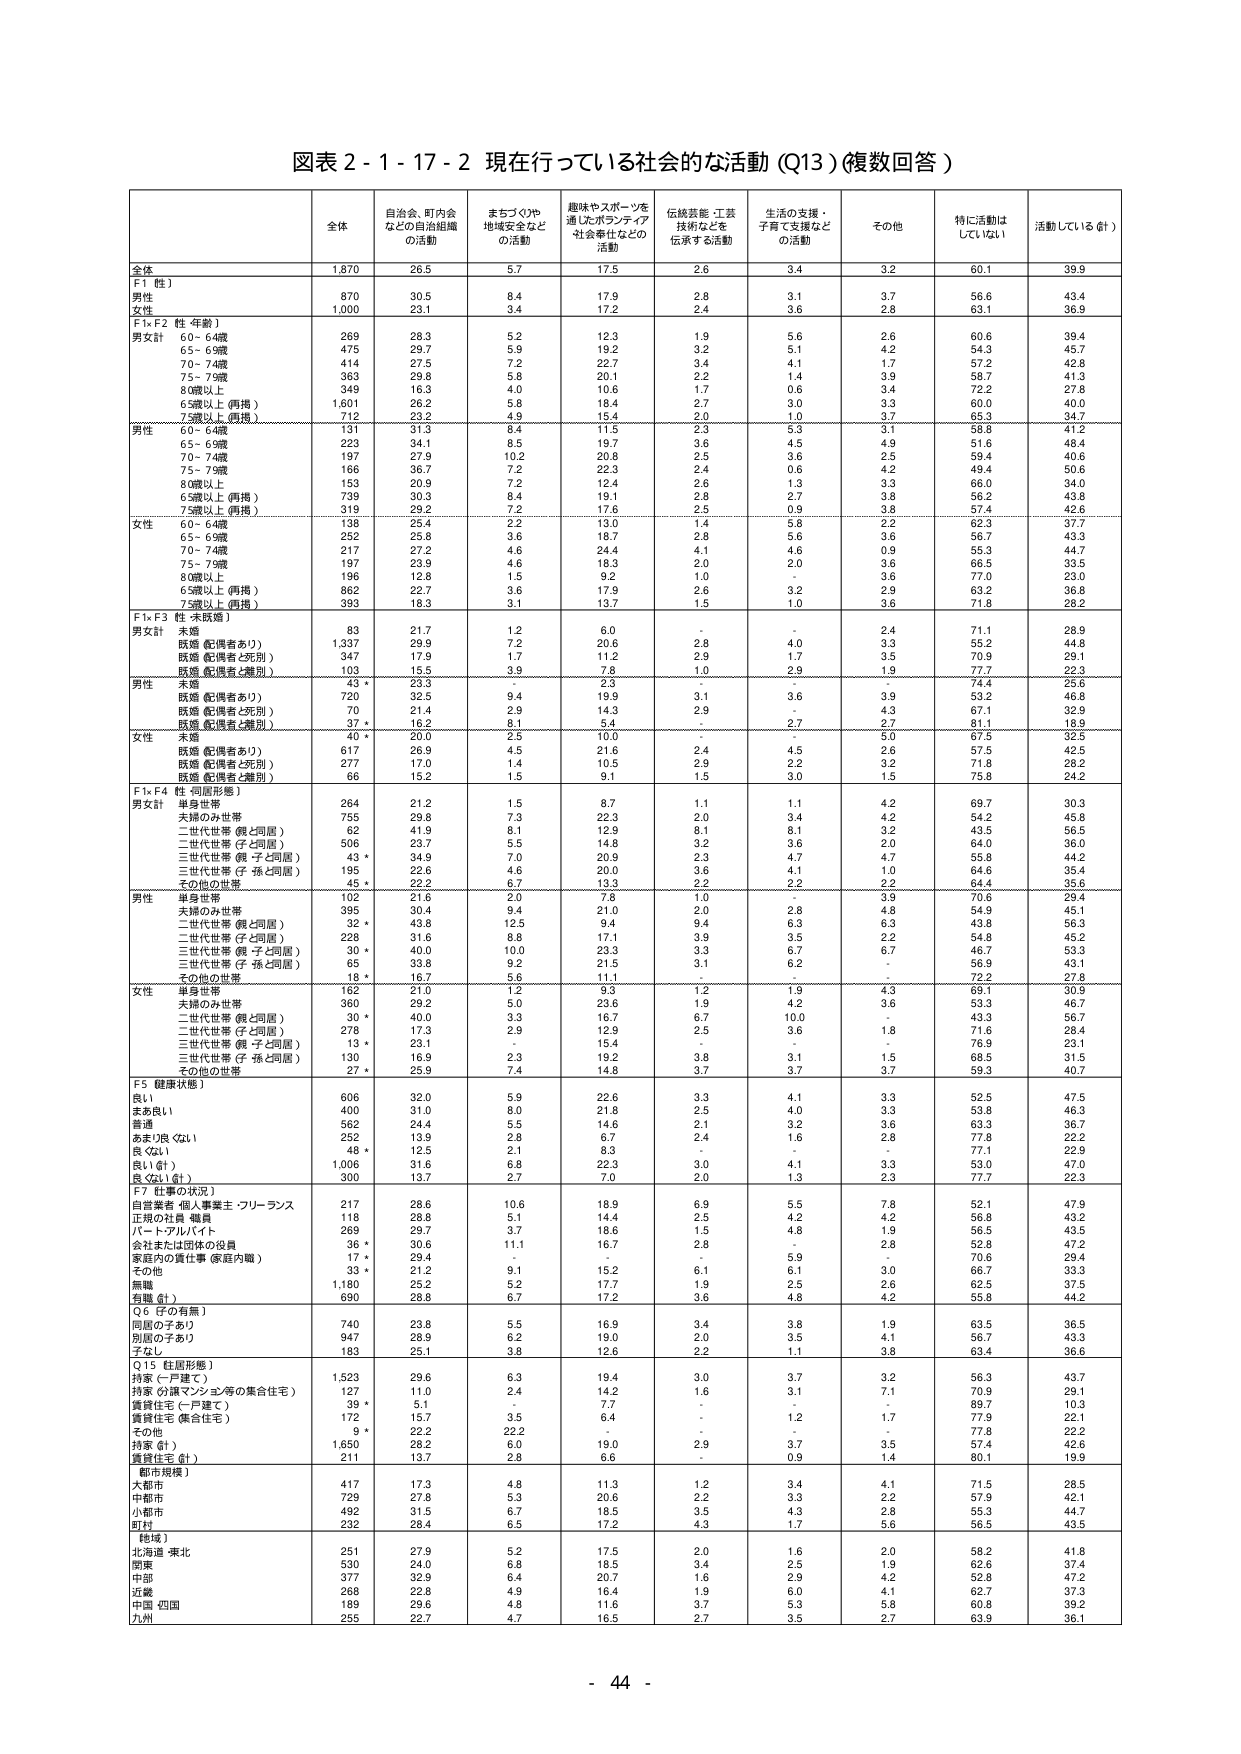
図表 2 - 1 - 17 - 2 現在行っている社会的な活動 (Q13) (複数回答)

全体 自治会、町内会 なとの自治組織 の活動 まちづくりや 地域安全など の活動 趣味やスポーツを 通じたボランティア 社会奉仕などの 活動 伝統芸能・工芸 技術などを 伝承する活動 生活の支援・ 子育て支援など の活動 その他 特に活動は していない 活動している (計)

全体 1,870 26.5 5.7 17.5 2.6 3.4 3.2 60.1 39.9

F1 性) 男性 870 30.5 8.4 17.9 2.8 3.1 3.7 56.6 43.4 女性 1,000 23.1 3.4 17.2 2.4 3.6 2.8 63.1 36.9

F1×F2 性 (年齢) 男女計 60 - 64歳 269 28.3 5.2 12.3 1.9 5.6 2.6 60.6 39.4 65 - 69歳 475 29.7 5.9 19.2 3.2 5.1 4.2 54.3 45.7 70 - 74歳 414 27.5 7.2 22.7 3.4 4.1 1.7 57.2 42.8 75 - 79歳 363 29.8 5.8 20.1 2.2 1.4 3.9 58.7 41.3 80歳以上 349 16.3 4.0 10.6 1.7 0.6 3.4 72.2 27.8 65歳以上 (再掲) 1,601 26.2 5.8 18.4 2.7 3.0 3.3 60.0 40.0 75歳以上 (再掲) 712 23.2 4.9 15.4 2.0 1.0 3.7 65.3 34.7

男性 60 - 64歳 131 31.3 8.4 11.5 2.3 5.3 3.1 58.8 41.2 65 - 69歳 223 34.1 8.5 19.7 3.6 4.5 4.9 51.6 48.4 70 - 74歳 197 27.9 10.2 20.8 2.5 3.6 2.5 59.4 40.6 75 - 79歳 166 36.7 7.2 22.3 2.4 0.6 4.2 49.4 50.6 80歳以上 153 20.9 7.2 12.4 2.6 1.3 3.3 66.0 34.0 65歳以上 (再掲) 739 30.3 8.4 19.1 2.8 2.7 3.8 56.2 43.8 75歳以上 (再掲) 319 29.2 7.2 17.8 0.9 0.9 3.8 57.4 42.6

女性 60 - 64歳 138 25.4 2.2 13.0 1.4 5.8 2.2 62.3 37.7 65 - 69歳 252 25.8 3.6 18.7 2.8 5.6 3.6 56.7 43.3 70 - 74歳 217 27.2 4.6 24.4 4.1 4.6 0.9 55.3 44.7 75 - 79歳 197 23.9 4.6 18.3 2.0 2.0 3.6 66.5 33.5 80歳以上 196 12.8 1.5 9.2 1.0 - 3.6 77.0 23.0 65歳以上 (再掲) 862 22.7 3.6 17.9 2.6 3.2 2.9 63.2 36.8 75歳以上 (再掲) 393 18.3 3.1 13.7 1.5 1.0 3.6 71.8 28.2

F1×F3 性 (未婚) 男女計 未婚 83 21.7 1.2 6.0 - - 2.4 71.1 28.9 既婚 (配偶者あり) 1,337 29.9 7.2 20.6 2.8 4.0 3.3 55.2 44.8 既婚 (配偶者と死別) 347 17.9 1.7 11.2 2.9 1.7 3.5 70.9 29.1 既婚 (配偶者と離別) 103 15.5 3.9 7.8 1.0 2.9 1.9 77.7 22.3

男性 未婚 43 * 23.3 2.3 2.3 - - 2.3 74.4 25.6 既婚 (配偶者あり) 720 32.5 9.4 19.9 3.1 3.6 3.9 53.2 46.8 既婚 (配偶者と死別) 70 21.4 2.9 14.3 2.9 - 4.3 67.1 32.9 既婚 (配偶者と離別) 37 * 16.2 8.1 5.4 - 2.7 2.7 81.1 18.9

女性 未婚 40 * 20.0 2.5 10.0 - - 5.0 67.5 32.5 既婚 (配偶者あり) 617 26.9 4.5 21.6 2.4 4.5 2.6 57.5 42.5 既婚 (配偶者と死別) 277 17.0 1.4 10.5 2.9 2.2 3.2 71.8 28.2 既婚 (配偶者と離別) 66 15.2 1.5 9.1 1.5 3.0 1.5 75.8 24.2

F1×F4 性 (同居形態) 男女計 単身世帯 264 21.2 1.5 8.7 1.1 1.1 4.2 69.7 30.3 夫婦のみ世帯 755 29.8 7.3 22.3 2.0 3.4 4.2 54.2 45.8 二世代世帯 (親と同居) 62 41.9 8.1 12.9 8.1 8.1 3.2 43.5 56.5 二世代世帯 (子と同居) 506 23.7 5.5 14.8 3.2 3.6 2.0 64.0 36.0 三世代世帯 (親・子と同居) 43 * 34.9 7.0 20.9 2.3 4.7 4.7 55.8 44.2 三世代世帯 (子・孫と同居) 195 22.6 4.6 20.0 3.6 4.1 1.0 64.6 35.4 その他の世帯 45 * 22.2 6.7 13.3 2.2 2.2 2.2 64.4 35.6

男性 単身世帯 102 21.6 2.0 7.8 1.0 - 3.9 70.6 29.4 夫婦のみ世帯 395 30.4 8.4 21.0 2.0 2.8 4.8 54.9 45.1 二世代世帯 (親と同居) 32 * 43.8 12.5 9.4 2.5 6.3 2.5 43.8 56.3 二世代世帯 (子と同居) 228 31.6 8.8 17.1 3.9 3.5 2.2 54.8 45.2 三世代世帯 (親・子と同居) 30 * 40.0 10.0 23.3 3.3 6.7 6.7 46.7 53.3 三世代世帯 (子・孫と同居) 65 33.8 9.2 21.5 3.1 6.2 - 56.9 43.1 その他の世帯 18 * 16.7 5.6 11.1 - - - 72.2 27.8

女性 単身世帯 162 21.0 1.2 9.3 1.2 1.9 4.3 69.1 30.9 夫婦のみ世帯 360 29.2 5.0 23.6 1.9 4.2 3.6 53.7 46.3 二世代世帯 (親と同居) 30 * 40.0 3.3 16.7 6.7 10.0 - 43.3 56.7 二世代世帯 (子と同居) 278 17.3 2.9 12.9 2.5 3.6 1.8 71.6 28.4 三世代世帯 (親・子と同居) 13 * 23.1 - 15.4 - - - 76.9 23.1 三世代世帯 (子・孫と同居) 130 16.9 2.3 19.2 3.8 3.1 1.5 68.5 31.5 その他の世帯 27 * 25.9 7.4 14.8 3.7 3.7 3.7 59.3 40.7

F5 健康状態) 良い 606 32.0 5.9 22.6 3.3 4.1 3.3 52.5 47.5 まあ良い 400 31.0 8.0 21.8 2.5 4.0 3.3 53.8 46.3 普通 562 24.4 5.5 14.6 2.1 3.2 3.6 63.3 36.7 あまり良くない 252 13.9 2.8 6.7 2.4 1.6 2.8 77.8 22.2 良くない 48 * 12.5 2.1 8.3 - - - 77.1 22.9 良い (計) 1,006 31.6 6.8 22.3 3.0 4.1 3.3 53.0 47.0 良くない (計) 300 13.7 2.7 7.0 2.0 1.3 2.3 77.7 22.3

F7 仕事の状況) 自営業者・個人事業主・フリーランス 217 28.6 10.6 18.9 6.9 5.5 7.8 52.1 47.9 正規の社員・職員 118 28.8 5.1 14.4 2.5 4.2 4.2 56.8 43.2 パート・アルバイト 269 29.7 3.7 18.6 1.5 4.8 1.9 56.5 43.5 会社または団体の役員 36 * 30.6 11.1 16.7 2.8 - 2.8 52.8 47.2 家庭内の責任事 (家庭内職) 17 * 29.4 - - - 5.9 - 70.6 29.4 その他 33 * 21.2 9.1 15.2 6.1 6.1 3.0 66.7 33.3 無職 1,180 25.2 5.2 17.7 1.9 2.5 2.6 62.5 37.5 有職 (計) 690 28.8 6.7 17.2 3.6 4.8 4.2 55.8 44.2

Q6 (子の有無) 同居の子あり 740 23.8 5.5 16.9 3.4 3.8 1.9 63.5 36.5 別居の子あり 947 28.9 6.2 19.0 2.0 3.5 4.1 56.7 43.3 子なし 183 25.1 3.8 12.6 2.2 1.1 3.8 63.4 36.6

Q15 (住居形態) 持家 (一戸建て) 1,523 29.6 6.3 19.4 3.0 3.7 3.2 56.3 43.7 持家 (分譲マンション等の集合住宅) 127 11.0 2.4 14.2 1.6 3.1 7.1 70.9 29.1 賃貸住宅 (一戸建て) 39 * 5.1 - 7.7 - - - 89.7 10.3 賃貸住宅 (集合住宅) 172 15.7 3.5 6.4 - 1.2 1.7 77.9 22.1 その他 9 * 22.2 22.2 - - - - 77.8 22.2 持家 (計) 1,650 28.2 6.0 19.0 2.9 3.7 3.5 57.4 42.6 賃貸住宅 (計) 211 13.7 2.8 6.6 - 0.9 1.4 80.1 19.9

(都市規模) 大都市 417 17.3 4.8 11.3 1.2 3.4 4.1 71.5 28.5 中都市 729 27.8 5.3 20.6 2.2 3.3 2.2 57.9 42.1 小都市 492 31.5 6.7 18.5 3.5 4.3 2.8 55.3 44.7 町村 232 28.4 6.5 17.2 4.3 1.7 5.6 56.5 43.5

(地域) 北海道・東北 251 27.9 5.2 17.5 2.0 1.6 2.0 58.2 41.8 関東 530 24.0 6.8 18.5 3.4 2.5 1.9 62.6 37.4 中部 377 32.9 6.4 20.7 1.6 2.9 4.2 52.8 47.2 近畿 268 22.8 4.9 16.4 1.9 6.0 4.1 62.7 37.3 中国・四国 189 29.6 4.8 11.6 3.7 5.3 5.8 60.8 39.2 九州 255 22.7 4.7 16.5 2.7 3.5 2.7 63.9 36.1

- 44 -